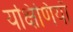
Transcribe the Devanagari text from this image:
यक्षिणियाँ